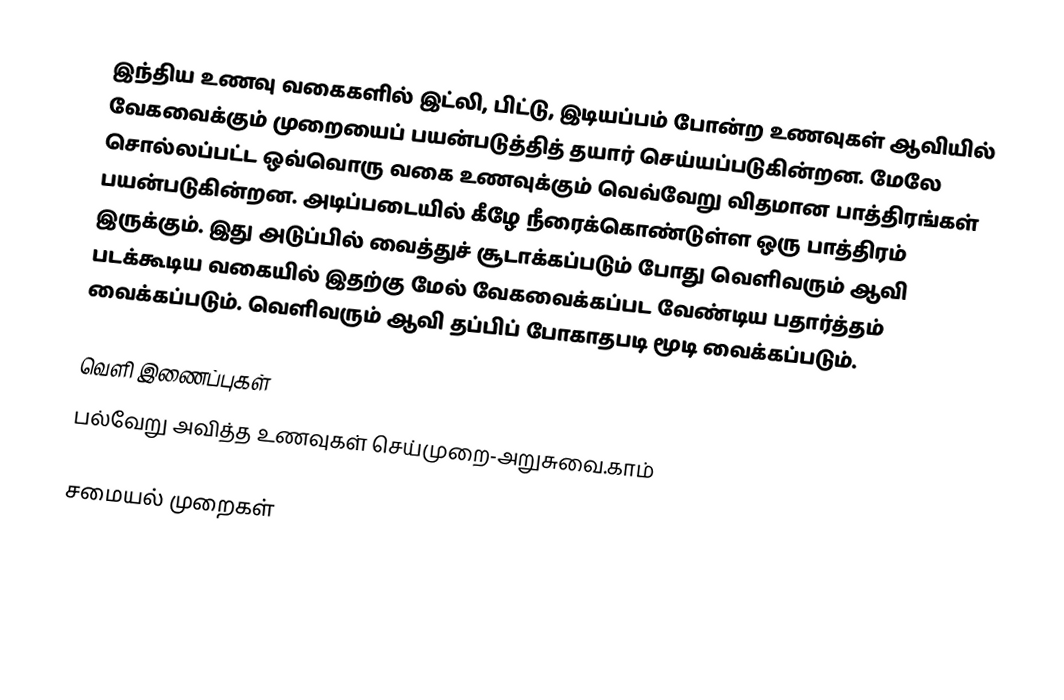
இந்திய உணவு வகைகளில் இட்லி, பிட்டு, இடியப்பம் போன்ற உணவுகள் ஆவியில் வேகவைக்கும் முறையைப் பயன்படுத்தித் தயார் செய்யப்படுகின்றன. மேலே சொல்லப்பட்ட ஒவ்வொரு வகை உணவுக்கும் வெவ்வேறு விதமான பாத்திரங்கள் பயன்படுகின்றன. அடிப்படையில் கீழே நீரைக்கொண்டுள்ள ஒரு பாத்திரம் இருக்கும். இது அடுப்பில் வைத்துச் சூடாக்கப்படும் போது வெளிவரும் ஆவி படக்கூடிய வகையில் இதற்கு மேல் வேகவைக்கப்பட வேண்டிய பதார்த்தம் வைக்கப்படும். வெளிவரும் ஆவி தப்பிப் போகாதபடி மூடி வைக்கப்படும்.

வெளி இணைப்புகள்
 பல்வேறு அவித்த உணவுகள் செய்முறை-அறுசுவை.காம்

சமையல் முறைகள்